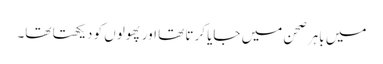
میں باہر صحن میں جایا کرتا تھا اور پھولوں کو دیکھتا تھا۔